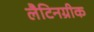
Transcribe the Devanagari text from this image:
लैटिनग्रीक